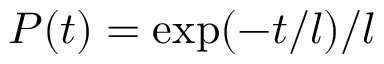
P ( t ) = \exp ( - t / l ) / l